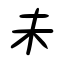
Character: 未